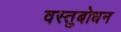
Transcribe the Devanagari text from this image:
वस्तुबोधन